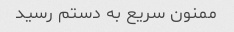
ممنون سریع به دستم رسید